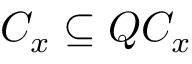
C _ { x } \subseteq Q C _ { x }